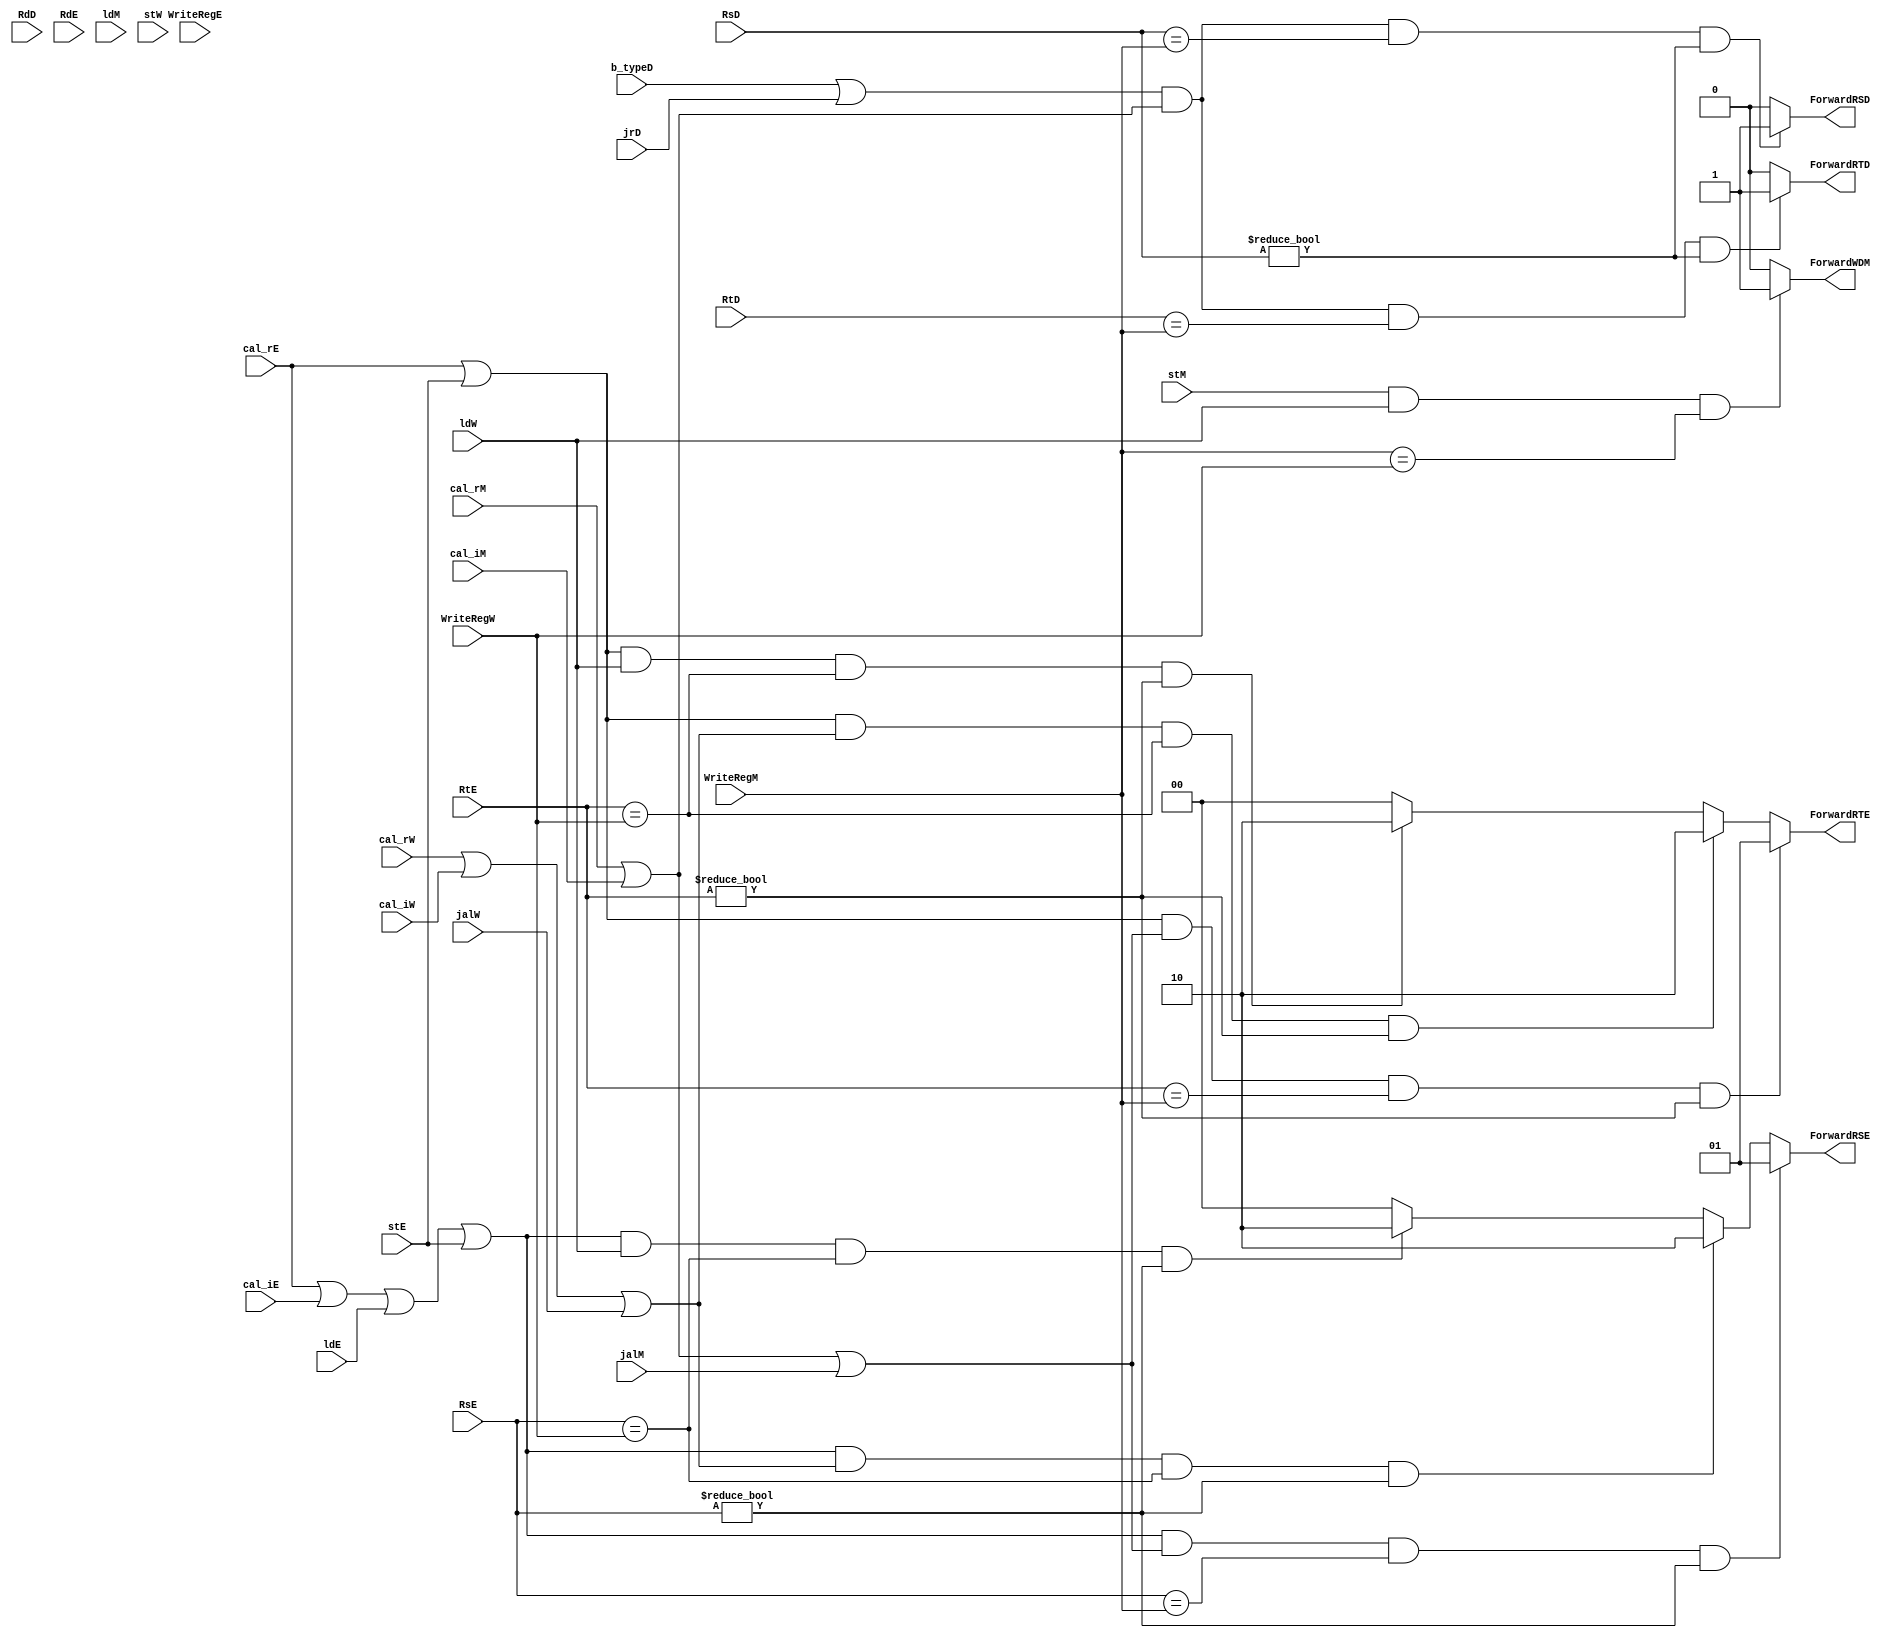
`timescale 1ns / 1ps
//////////////////////////////////////////////////////////////////////////////////
// Company: 
// Engineer: 
// 
// Design Name: 
// Module Name:    hazardctrl 
// Project Name: 
// Target Devices: 
// Tool versions: 
// Description: 
//
// Dependencies: 
//
// Revision: 
// Revision 0.01 - File Created
// Additional Comments: 
//
//////////////////////////////////////////////////////////////////////////////////
module hazardctrl(
    input [4:0] RsD,
    input [4:0] RtD,
    input [4:0] RdD,
    input [4:0] RsE,
    input [4:0] RtE,
    input [4:0] RdE,
    input [4:0] WriteRegE,
    input [4:0] WriteRegM,
    input [4:0] WriteRegW,
	 input b_typeD,
	 input jrD,
	 input cal_rE,
	 input cal_iE,
	 input cal_rM,
	 input cal_iM,
	 input cal_rW,
	 input cal_iW,
	 input ldE,
	 input stE,
	 input ldM,
	 input stM,
	 input ldW,
	 input stW,
	 input jalM,
	 input jalW,
    output [1:0] ForwardRSE,
    output [1:0] ForwardRTE,
	 output ForwardRSD,
	 output ForwardRTD,
	 output ForwardWDM
    );
	 
	 
	 
	 //     ForwardRSEALUinputA 00RD101ALUAOM, 10DMMUX
	 assign ForwardRSE=(cal_rE|cal_iE|ldE|stE)&(cal_rM|cal_iM|jalM)&(RsE==WriteRegM)&RsE!=0?2'b01:
								//(RS)jal,cal_r,cal_i--cal_r,cal_i,ld,st
							 (cal_rE|cal_iE|ldE|stE)&(cal_rW|cal_iW|jalW)&(RsE==WriteRegW)&RsE!=0?2'b10: 
							 //(RS)jal,cal_r,cal_i--nop--cal_r,cal_i,ld,st
							 (cal_rE|cal_iE|ldE|stE)&ldW&(RsE==WriteRegW)&RsE!=0?2'b10:    
							 //(RS)ld--nop--cal_r,cal_i,ld,st
																	2'b00;
																	
	//	ForwardRSEALUinputB 00RD101ALUAOM, 10DMMUX															
	 assign ForwardRTE=(cal_rE|stE)&(cal_rM|cal_iM|jalM)&(RtE==WriteRegM)&RtE!=0?2'b01:	
								//(RT)jal,cal_r,cal_i--cal_r,store													
							 (cal_rE|stE)&(cal_rW|cal_iW|jalW)&(RtE==WriteRegW)&RtE!=0?2'b10: 
							 //(RT),jal,cal_r,cal_i--nop--cal_r,st	
							 (cal_rE|stE)&ldW&(RtE==WriteRegW)&RtE!=0?2'b10:   //(RT)load--nop--cal_r,st
																	2'b00;
	 

	 //GPRID/EX 0GPRRD11ALUALUOutM
	 assign ForwardRSD=(b_typeD|jrD)&(cal_rM|cal_iM)&(RsD==WriteRegM)&RsD!=0?1:0;//beq
	 

	 assign ForwardRTD=(b_typeD|jrD)&(cal_rM|cal_iM)&(RtD==WriteRegM)&RsD!=0?1:0;
	 
	 //writedataMDMWD  0WritedataE1DMmux
	 //stMWriteRegrt,GPR,
	 assign ForwardWDM=(stM&ldW&(WriteRegM==WriteRegW))?1:0;//(RT)ld-st(ldrtstrt)


endmodule